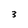
Character: 3